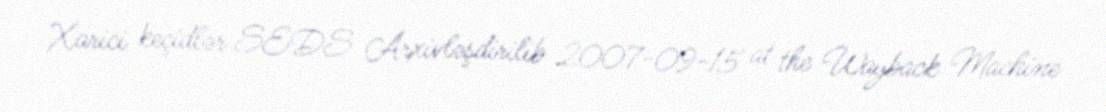
Xarici keçidlər SEDS Arxivləşdirilib 2007-09-15 at the Wayback Machine